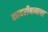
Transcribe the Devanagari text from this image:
कादरीबाबाचा